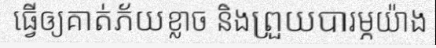
ធ្វើឲ្យគាត់ភ័យខ្លាច និងព្រួយបារម្ភយ៉ាង